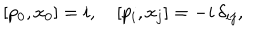
[ p _ { 0 } , x _ { 0 } ] = i , \quad [ p _ { i } , x _ { j } ] = - i \, \delta _ { i j } ,